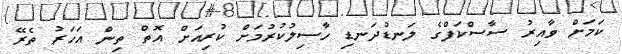
ކަމަށް ވާއިރު ސާސްކަފްގެ ލަނޑުދަނޑި ހާސިލުކުރުމަށް ކުރިއަށް އޮތް ތިން އަހަރު ތެރޭ